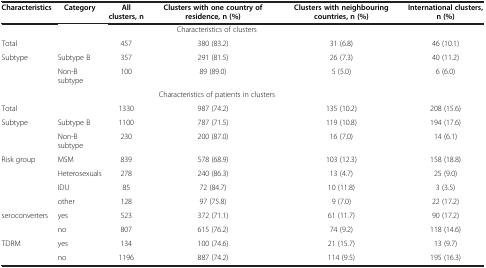
| Characteristics | Category | All clusters, n | Clusters with one country of residence, n (%) | Clusters with neighbouring countries, n (%) | International clusters, n (%) |
 | --- | --- | --- | --- | --- | --- |
 | <COLSPAN=3>  | Characteristics of clusters | <COLSPAN=2>  |
 | Total |  | 457 | 380 (83.2) | 31 (6.8) | 46 (10.1) |
 | <ROWSPAN=2> Subtype | Subtype B | 357 | 291 (81.5) | 26 (7.3) | 40 (11.2) |
 | Non-B subtype | 100 | 89 (89.0) | 5 (5.0) | 6 (6.0) |
 | <COLSPAN=3>  | Characteristics of patients in clusters | <COLSPAN=2>  |
 | Total |  | 1330 | 987 (74.2) | 135 (10.2) | 208 (15.6) |
 | <ROWSPAN=2> Subtype | Subtype B | 1100 | 787 (71.5) | 119 (10.8) | 194 (17.6) |
 | Non-B subtype | 230 | 200 (87.0) | 16 (7.0) | 14 (6.1) |
 | <ROWSPAN=4> Risk group | MSM | 839 | 578 (68.9) | 103 (12.3) | 158 (18.8) |
 | Heterosexuals | 278 | 240 (86.3) | 13 (4.7) | 25 (9.0) |
 | IDU | 85 | 72 (84.7) | 10 (11.8) | 3 (3.5) |
 | other | 128 | 97 (75.8) | 9 (7.0) | 22 (17.2) |
 | seroconverters | yes | 523 | 372 (71.1) | 61 (11.7) | 90 (17.2) |
 |  | no | 807 | 615 (76.2) | 74 (9.2) | 118 (14.6) |
 | TDRM | yes | 134 | 100 (74.6) | 21 (15.7) | 13 (9.7) |
 |  | no | 1196 | 887 (74.2) | 114 (9.5) | 195 (16.3) |